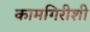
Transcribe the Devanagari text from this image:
कामगिरीशी